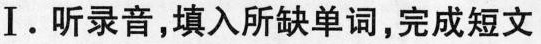
I.听录音,填入所缺单词,完成短文